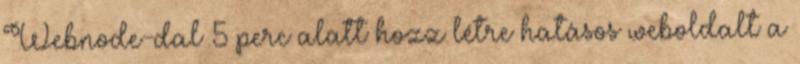
Webnode-dal 5 perc alatt hozz létre hatásos weboldalt a